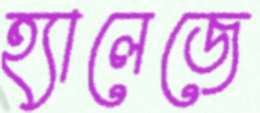
হ্যালেজে